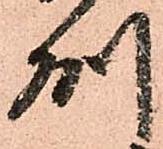
州